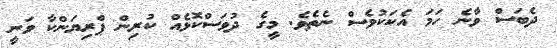
ދެބަސް ވާނެ ހަމަ އެކަކުވެސް ނެތެވެ. މީގެ ދުވަސްކޮޅެއް ކުރިން ޕްރިޔަންކާ ވަނީ